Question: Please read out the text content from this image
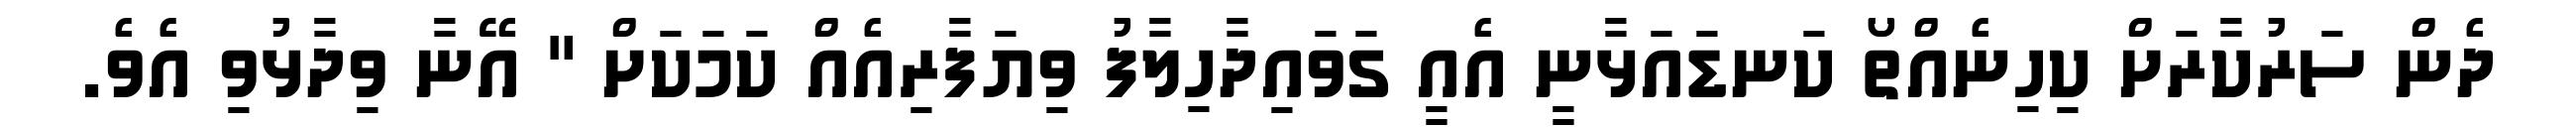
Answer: ދެން ސަރުކާރަށް ކިހިނެއްތޯ ކަނޑައަޅާނީ އެއީ ގަވައިދާހިލާފު ވިޔަފާރިއެއް ކަމަކަށް " އޭނާ ވިދާޅުވި އެވެ.